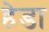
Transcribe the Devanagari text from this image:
हेडा